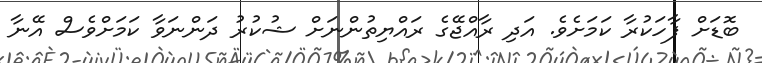
ބޮޑަށް ފާހަކުރާ ކަމަށެވެ. އަދި ރާއްޖޭގެ ރައްޔިތުންނަށް ޝުކުރު ދަންނަވާ ކަމަށްވެސް އޭނާ